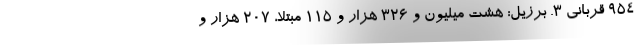
۹۵۴ قربانی ۳. برزیل: هشت میلیون و ۳۲۶ هزار و ۱۱۵ مبتلا، ۲۰۷ هزار و